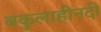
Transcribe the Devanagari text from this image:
बकुलाहीनदी